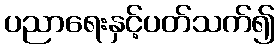
ပညာရေးနှင့်ပတ်သက်၍